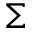
\Sigma